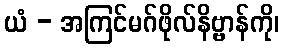
ယံ - အကြင်မဂ်ဖိုလ်နိဗ္ဗာန်ကို၊